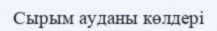
Сырым ауданы көлдері